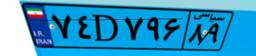
۴۱D۷۸۸۶۵